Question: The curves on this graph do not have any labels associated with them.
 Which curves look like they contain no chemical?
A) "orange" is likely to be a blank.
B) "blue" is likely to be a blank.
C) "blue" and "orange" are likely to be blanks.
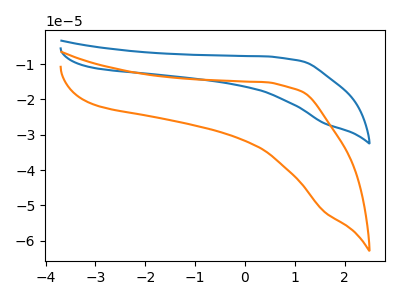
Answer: <think>The blue curve "blue" has no peaks. The orange curve "orange" has no peaks.</think>
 <answer>C) "blue" and "orange" are likely to be blanks.</answer>
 <eval>C</eval>